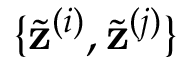
\{ \tilde { \mathbf { z } } ^ { ( i ) } , \tilde { \mathbf { z } } ^ { ( j ) } \}